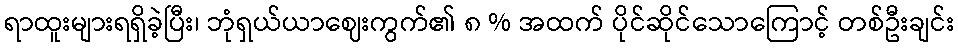
ရာထူးများရရှိခဲ့ပြီး၊ ဘုံရှယ်ယာဈေးကွက်၏ ၈ % အထက် ပိုင်ဆိုင်သောကြောင့် တစ်ဦးချင်း